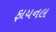
ફાયનલ